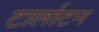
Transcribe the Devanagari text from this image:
टार्लाटन